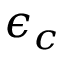
\epsilon _ { c }